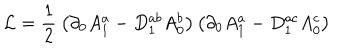
{ \mathcal L } = \frac { 1 } { 2 } \: \big ( \partial _ { 0 } A _ { 1 } ^ { a } - D _ { 1 } ^ { a b } A _ { 0 } ^ { b } \big ) \, \big ( \partial _ { 0 } A _ { 1 } ^ { a } - D _ { 1 } ^ { a c } A _ { 0 } ^ { c } \big )